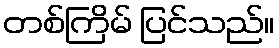
တစ်ကြိမ် ပြင်သည်။